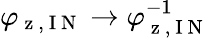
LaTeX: \varphi_{\mathrm{~z~,~I~N~}}\rightarrow\varphi_{\mathrm{~z~,~I~N~}}^{-1}